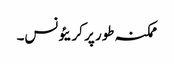
ممکنہ طور پر کریئونس۔